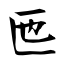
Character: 匜